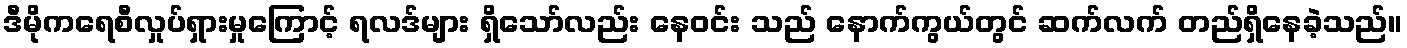
ဒီမိုကရေစီလှုပ်ရှားမှုကြောင့် ရလဒ်များ ရှိသော်လည်း နေဝင်း သည် နောက်ကွယ်တွင် ဆက်လက် တည်ရှိနေခဲ့သည်။